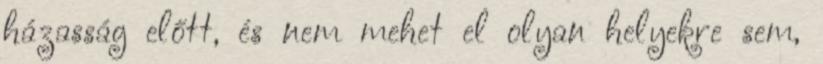
házasság előtt, és nem mehet el olyan helyekre sem,